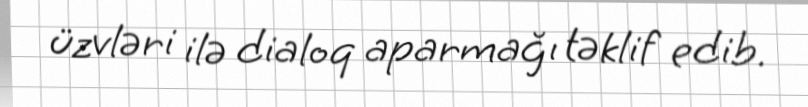
üzvləri ilə dialoq aparmağı təklif edib.